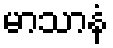
မာသာနံ